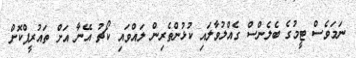
ނަމަވެސް ޓީމުގެ ބެލެންސް ގެއްލުވާލައި ކުޅުންތެރިން ލައްވައި ކޯޗު އޭނާ އަށް ތައުރީފްކޮށް